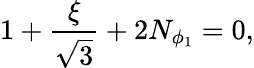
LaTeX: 1+\frac{\xi}{\sqrt 3}+2N_{\phi_{1}}=0,